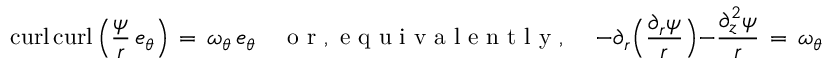
\mathop { \mathrm { c u r l } } \mathop { \mathrm { c u r l } } \left( \frac { \psi } { r } \, e _ { \theta } \right) \, = \, \omega _ { \theta } \, e _ { \theta } \quad \mathrm { ~ o ~ r ~ , ~ e ~ q ~ u ~ i ~ v ~ a ~ l ~ e ~ n ~ t ~ l ~ y ~ , ~ } \quad - \partial _ { r } \Bigl ( \frac { \partial _ { r } \psi } { r } \Bigr ) - \frac { \partial _ { z } ^ { 2 } \psi } { r } \, = \, \omega _ { \theta } \, ,